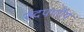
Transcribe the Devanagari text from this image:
रुंदपर्णीय